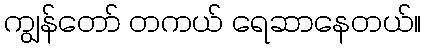
ကျွန်တော် တကယ် ရေဆာနေတယ်။